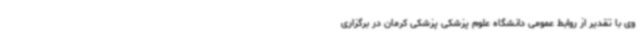
وی با تقدیر از روابط عمومی دانشگاه علوم پزشکی پزشکی کرمان در برگزاری